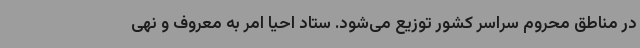
در مناطق محروم سراسر کشور توزیع می‌شود. ستاد احیا امر به معروف و نهی